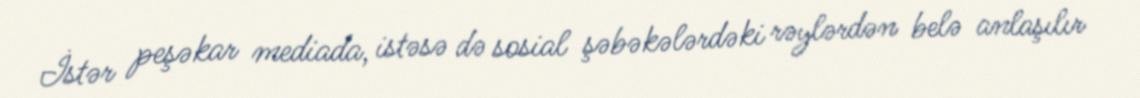
İstər peşəkar mediada, istəsə də sosial şəbəkələrdəki rəylərdən belə anlaşılır